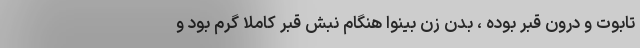
تابوت و درون قبر بوده ، بدن زن بینوا هنگام نبش قبر کاملا گرم بود و